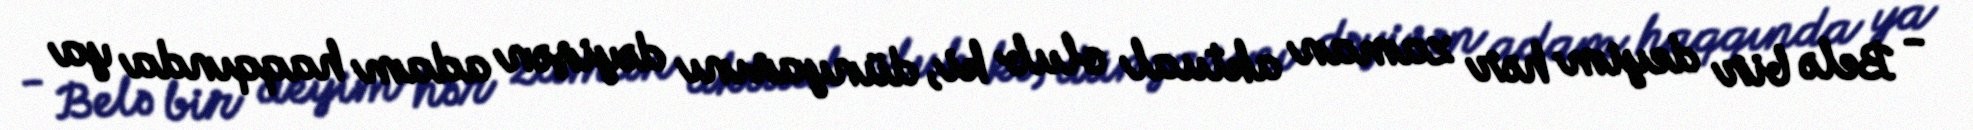
- Belə bir deyim hər zaman aktual olub ki, dünyasını dəyişən adam haqqında ya